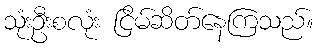
သုံးဦးစလုံး ငြိမ်ဆိတ်နေကြသည်။